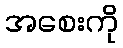
အစေးကို